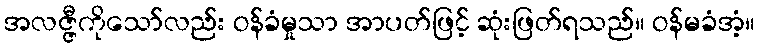
အလဇ္ဇီကိုသော်လည်း ဝန်ခံမှုသာ အာပတ်ဖြင့် ဆုံးဖြတ်ရသည်။ ဝန်မခံအံ့။